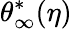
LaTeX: {\theta}_{\infty}^{*}(\eta)